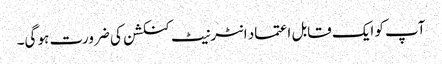
آپ کو ایک قابل اعتماد انٹرنیٹ کنکشن کی ضرورت ہو گی۔